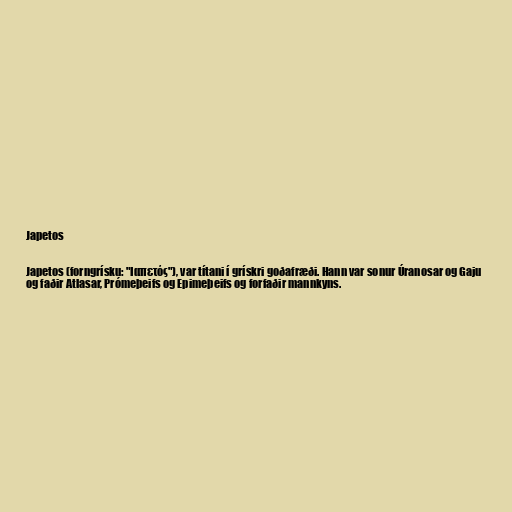
Japetos

Japetos (forngrísku: "Ιαπετός"), var títani í grískri goðafræði. Hann var sonur Úranosar og Gaju
og faðir Atlasar, Prómeþeifs og Epimeþeifs og forfaðir mannkyns.